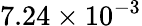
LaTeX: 7.24\times 10^{-3}